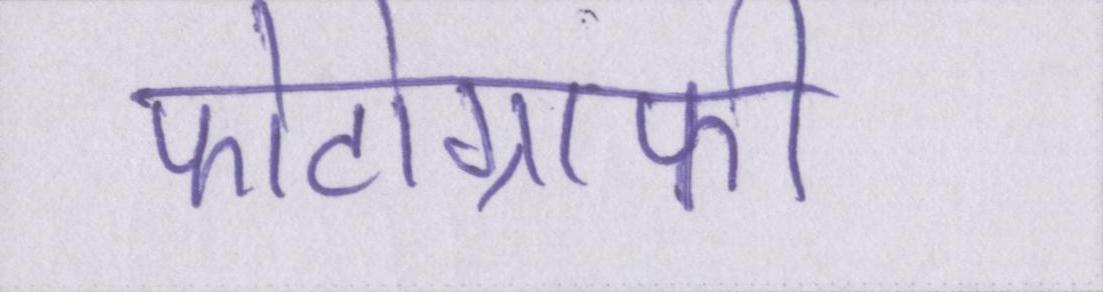
फोटोग्राफी